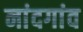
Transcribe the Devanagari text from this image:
नांदगांव